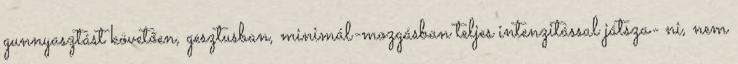
gunnyasztást követően, gesztusban, minimál-mozgásban teljes intenzitással játsza- ni, nem